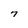
Character: 7